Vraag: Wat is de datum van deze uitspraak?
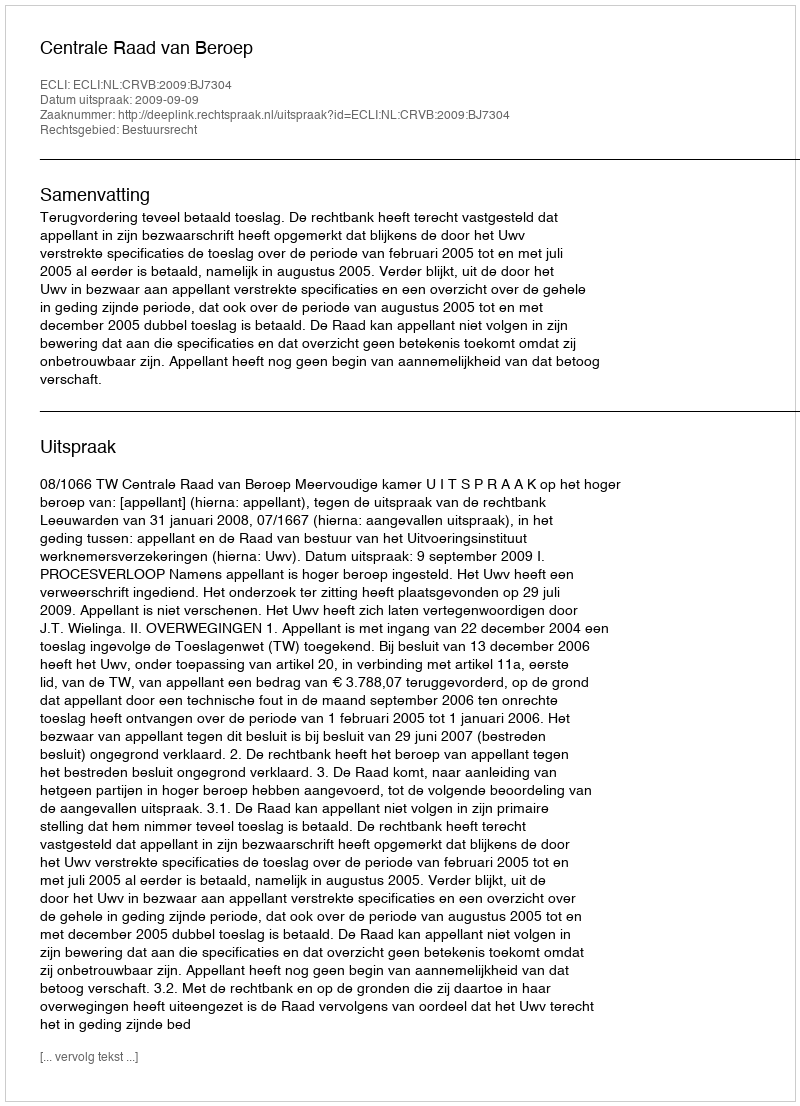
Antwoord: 2009-09-09